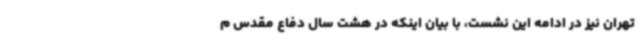
تهران نیز در ادامه این نشست، با بیان اینکه در هشت سال دفاع مقدس م